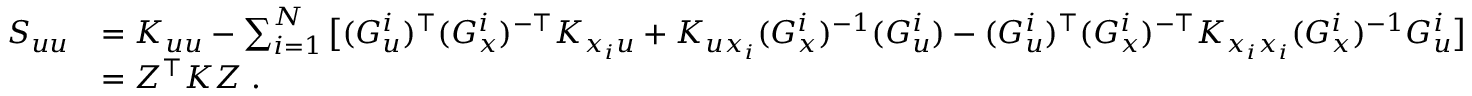
\begin{array} { r l } { S _ { u u } } & { = K _ { u u } - \sum _ { i = 1 } ^ { N } \big [ ( G _ { u } ^ { i } ) ^ { \top } ( G _ { x } ^ { i } ) ^ { - \top } K _ { x _ { i } u } + K _ { u x _ { i } } ( G _ { x } ^ { i } ) ^ { - 1 } ( G _ { u } ^ { i } ) - ( G _ { u } ^ { i } ) ^ { \top } ( G _ { x } ^ { i } ) ^ { - \top } K _ { x _ { i } x _ { i } } ( G _ { x } ^ { i } ) ^ { - 1 } G _ { u } ^ { i } \big ] } \\ & { = Z ^ { \top } K Z \; . } \end{array}